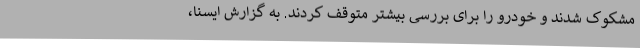
مشکوک شدند و خودرو را برای بررسی بیشتر متوقف کردند. به گزارش ایسنا،